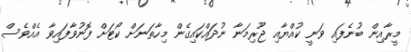
މީރާއިން ބުނެފައި ވަނީ ކުއްޔާއި ޖޫރިމަނާ ނުދައްކައިގެން މިހާތަނަށް ކޯޓަށް ފޮނުވާފައިވާ އެއްވެސް